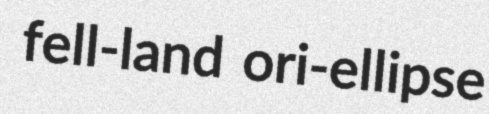
fell-land ori-ellipse